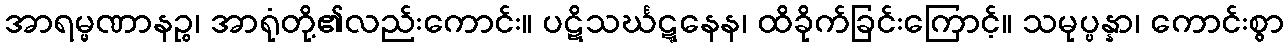
အာရမ္မဏာနဉ္စ၊ အာရုံတို့၏လည်းကောင်း။ ပဋိသင်္ဃဋ္ဋနေန၊ ထိခိုက်ခြင်းကြောင့်။ သမုပ္ပန္နာ၊ ကောင်းစွာ